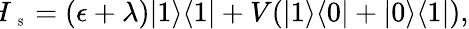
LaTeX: \begin{array}{r}{\! \! \! H_{\mathrm{~\tiny~S~}}=(\epsilon+\lambda)|1\rangle\langle 1|+V(|1\rangle\langle 0|+|0\rangle\langle 1|),}\end{array}